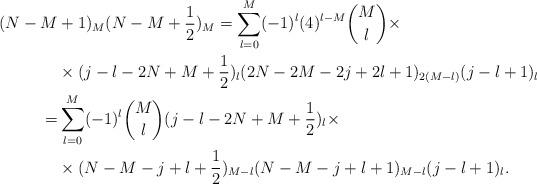
LaTeX: \begin{align*} (N-M&+1)_M(N-M+\frac 12)_M=\sum_{l=0}^M(-1)^l(4)^{l-M}{M\choose l}\times\\ &\times (j-l-2N+M+\frac 12)_{l}(2N-2M-2j+2l+1)_{2(M-l)}(j-l+1)_l\\ =&\sum_{l=0}^M(-1)^l{M\choose l} (j-l-2N+M+\frac 12)_{l}\times\\ &\times (N-M-j+l+\frac 12)_{M-l}(N-M-j+l+1)_{M-l}(j-l+1)_l. \end{align*}